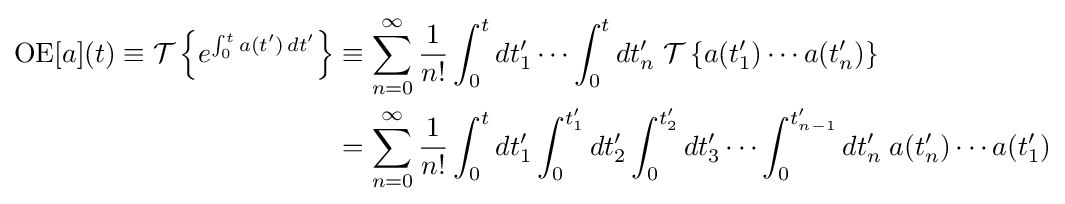
{\begin{aligned}\operatorname {OE} [a](t)\equiv {\mathcal {T}}\left\{e^{\int _{0}^{t}a(t')\,dt'}\right\}&\equiv \sum _{n=0}^{\infty }{\frac {1}{n!}}\int _{0}^{t}dt'_{1}\cdots \int _{0}^{t}dt'_{n}\;{\mathcal {T}}\left\{a(t'_{1})\cdots a(t'_{n})\right\}\\&=\sum _{n=0}^{\infty }{\frac {1}{n!}}\int _{0}^{t}dt'_{1}\int _{0}^{t'_{1}}dt'_{2}\int _{0}^{t'_{2}}dt'_{3}\cdots \int _{0}^{t'_{n-1}}dt'_{n}\;a(t'_{n})\cdots a(t'_{1})\end{aligned}}